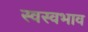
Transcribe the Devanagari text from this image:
स्वस्वभाव